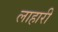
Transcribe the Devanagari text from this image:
लाहारी